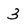
Character: 3